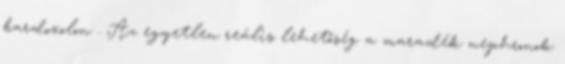
bardoxolon . Az egyetlen reális lehetőség a maradék nephronok